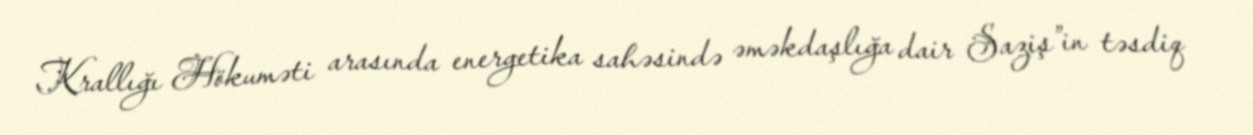
Krallığı Hökuməti arasında energetika sahəsində əməkdaşlığa dair Saziş”in təsdiq